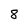
Character: 8